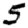
Digit: 5